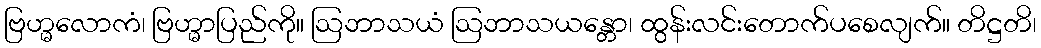
ဗြဟ္မလောကံ၊ ဗြဟ္မာပြည်ကို။ ဩဘာသယံ ဩဘာသယန္တော၊ ထွန်းလင်းတောက်ပစေလျက်။ တိဋ္ဌတိ၊